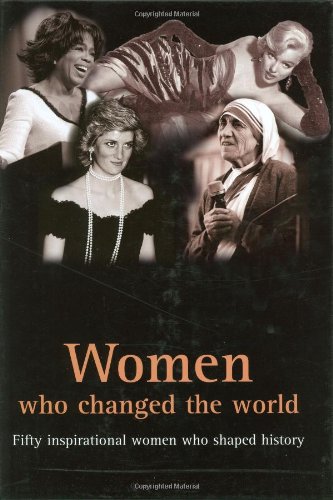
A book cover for Women Who Changed the World: Fifty Inspirational Woman Who Shaped History; Politics & Social Sciences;